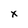
Character: x